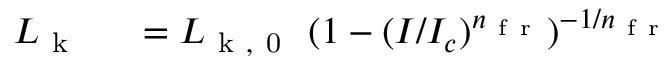
\begin{array} { r l } { L _ { \mathrm { ~ k ~ } } } & { { } ~ = L _ { \mathrm { ~ k ~ , ~ 0 ~ } } ~ ( 1 - ( I / I _ { c } ) ^ { n _ { \mathrm { ~ f ~ r ~ } } } ) ^ { - 1 / { n _ { \mathrm { ~ f ~ r ~ } } } } } \end{array}